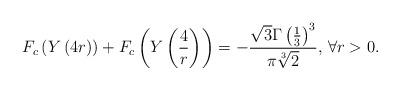
LaTeX: \begin{align*}F_c\left(Y\left(4 r\right)\right)+F_c\left(Y\left(\frac{4}{r}\right)\right)=-\frac{\sqrt{3}\Gamma\left(\frac{1}{3}\right)^3}{\pi\sqrt[3]{2}}\textrm{, }\forall r>0.\end{align*}